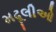
મઢૂલીઓ